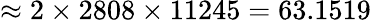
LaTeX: \approx 2\times 2808\times 11245=63.1519